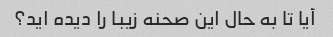
آیا تا به حال این صحنه زیبا را دیده اید؟